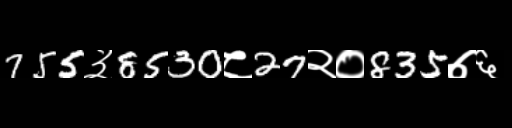
Text: 755३8530८27२०835७६